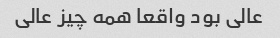
عالی بود واقعا همه چیز عالی